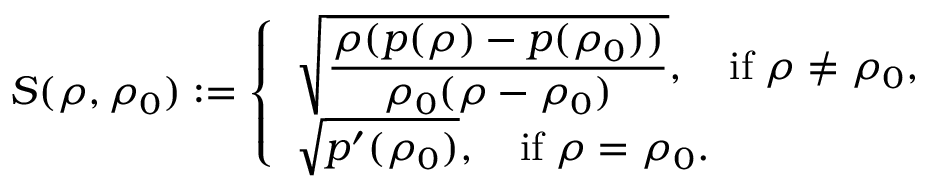
\begin{array} { r } { S ( \rho , \rho _ { 0 } ) : = \left\{ \begin{array} { l l l } { \sqrt { \displaystyle { \frac { \rho ( p ( \rho ) - p ( \rho _ { 0 } ) ) } { \rho _ { 0 } ( \rho - \rho _ { 0 } ) } } } , \quad \mathrm { i f } \; \rho \ne \rho _ { 0 } , } \\ { \sqrt { p ^ { \prime } ( \rho _ { 0 } ) } , \quad \mathrm { i f } \; \rho = \rho _ { 0 } . } \end{array} \right. } \end{array}